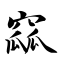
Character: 窳